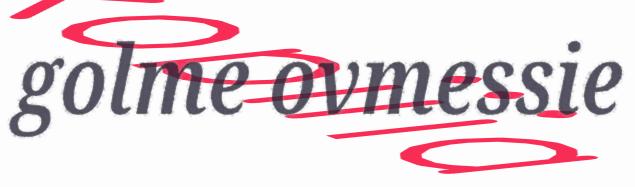
golme ovmessie